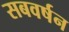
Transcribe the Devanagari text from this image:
सबवर्षन